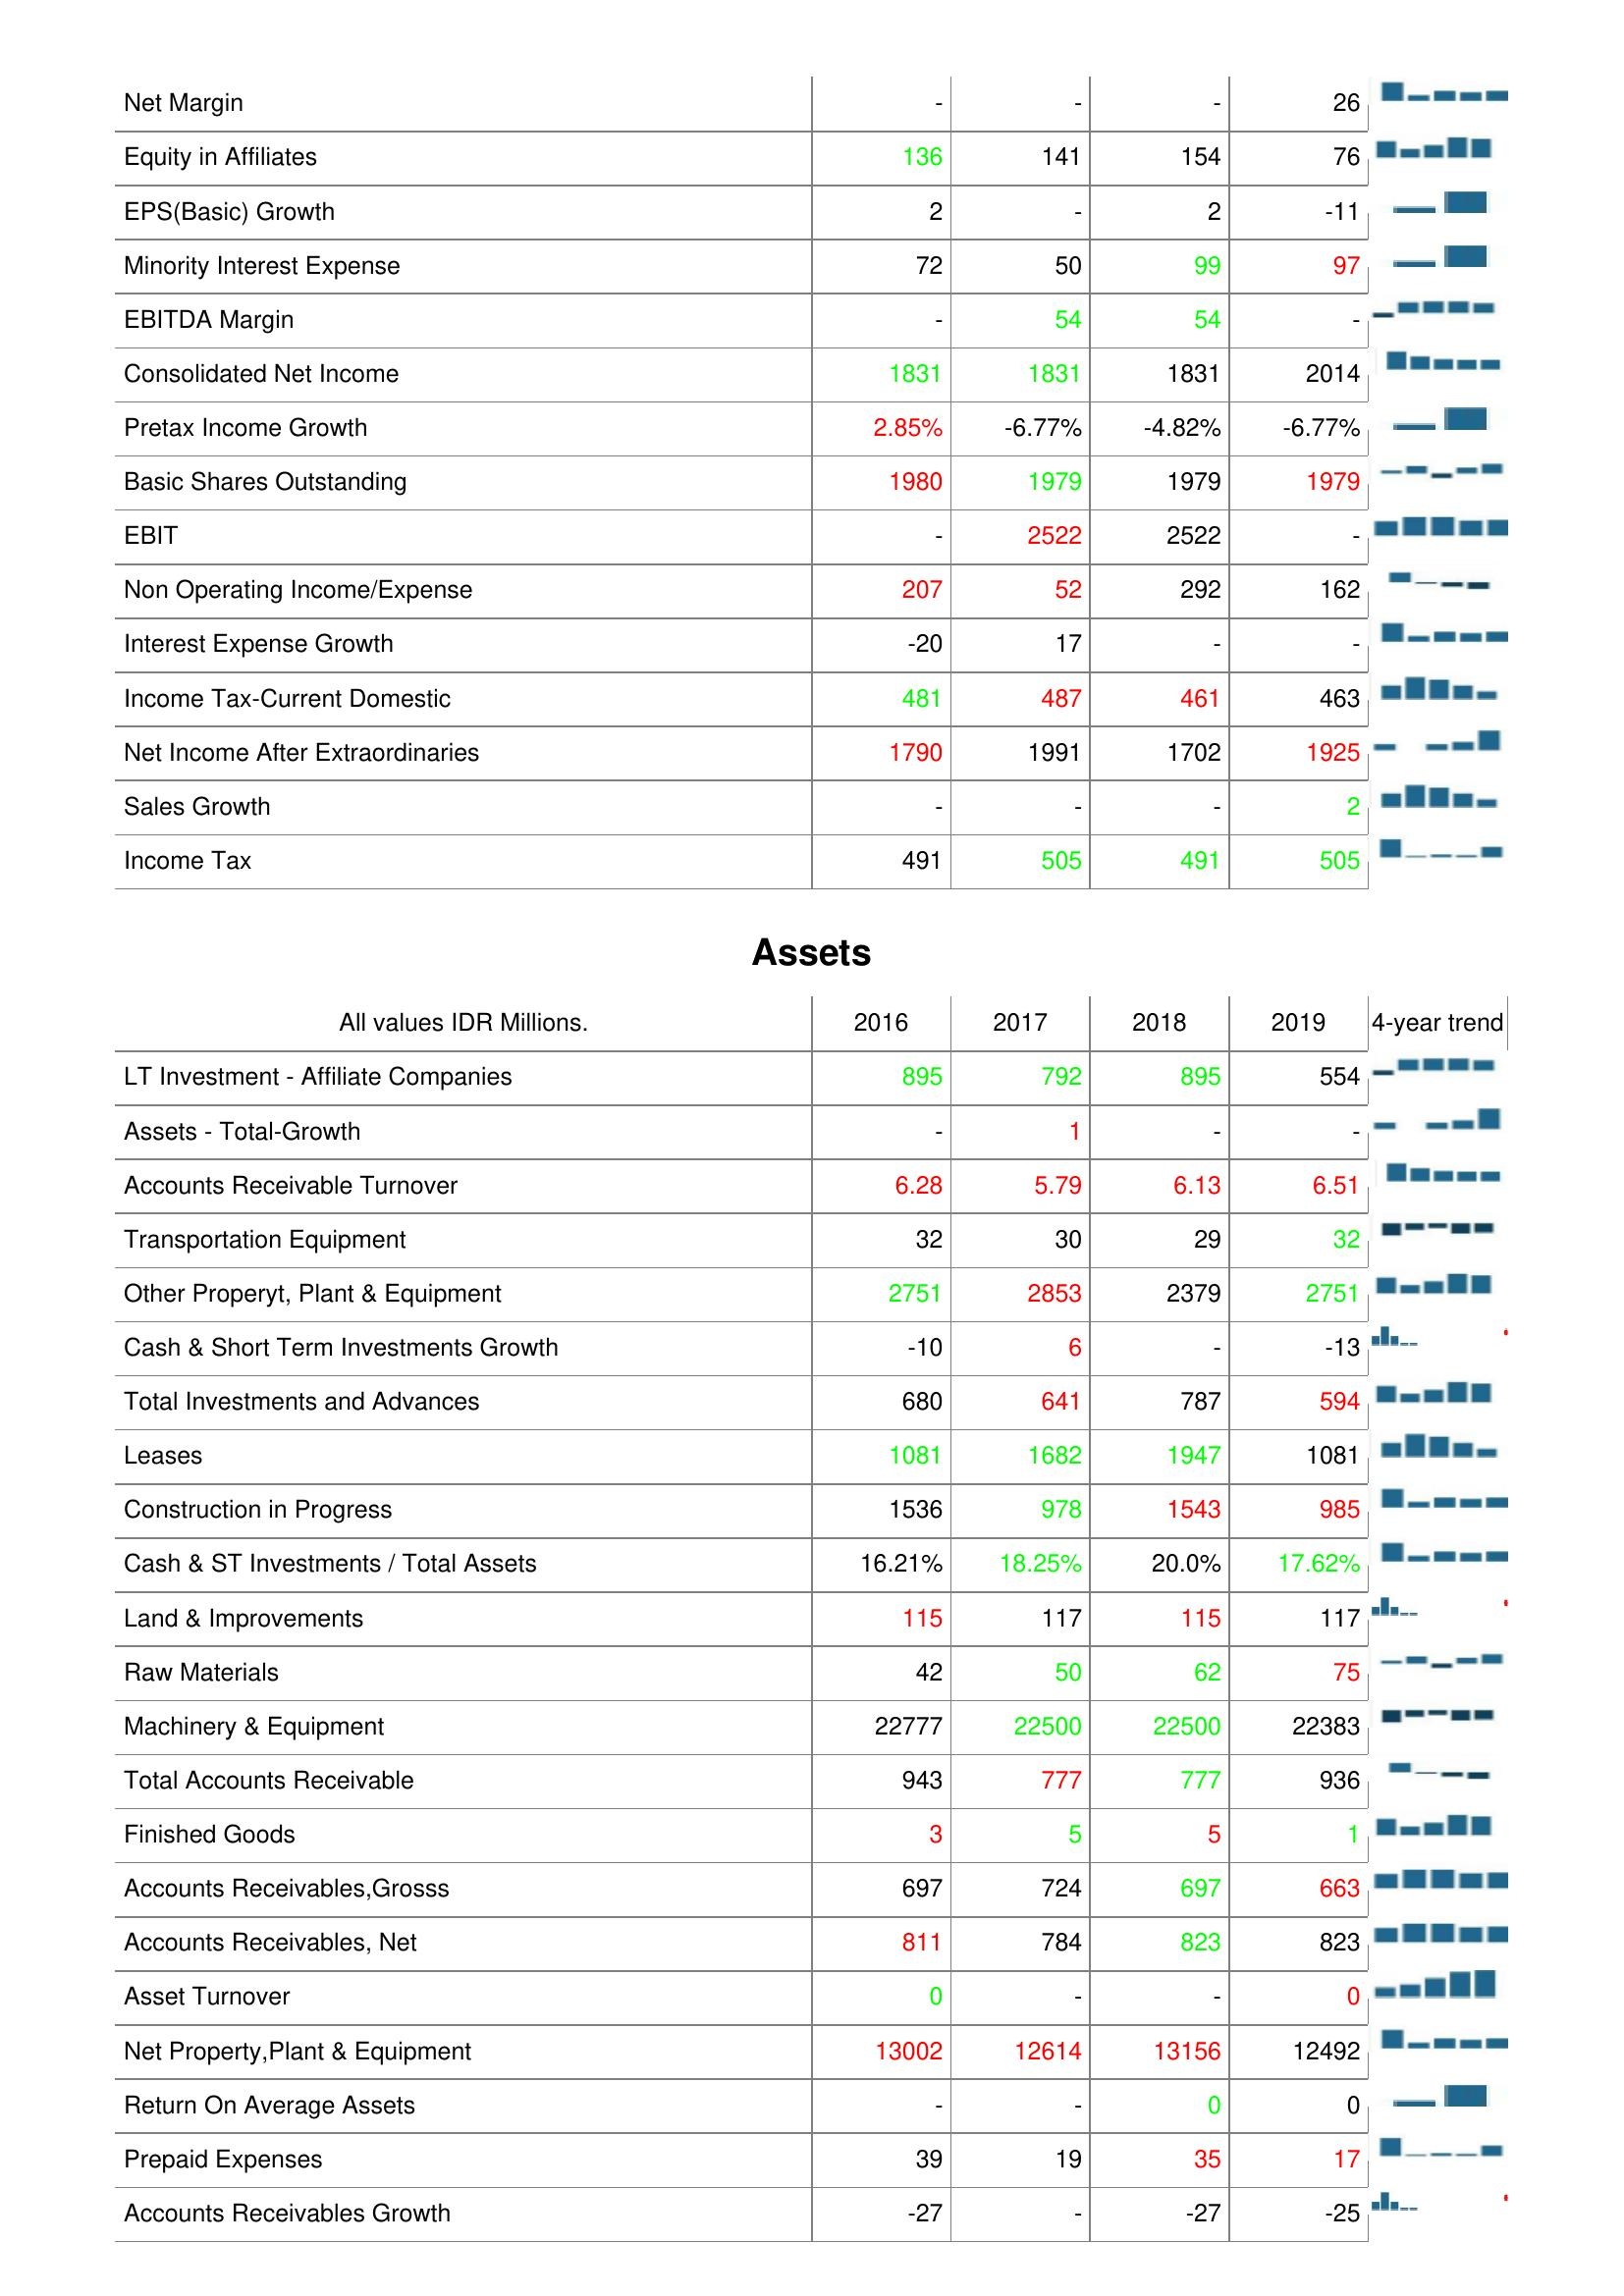
2016: : Net Margin: -
Equity in Affiliates: 136
EPS(Basic) Growth: 2
Minority Interest Expense: 72
EBITDA Margin: -
Consolidated Net Income: 1831
Pretax Income Growth: 2.85%
Basic Shares Outstanding: 1980
EBIT: -
Non Operating Income/Expense: 207
Interest Expense Growth: -20
Income Tax-Current Domestic: 481
Net Income After Extraordinaries: 1790
Sales Growth: -
Income Tax: 491
Assets: LT Investment - Affiliate Companies: 895
Assets - Total-Growth: -
Accounts Receivable Turnover: 6.28
Transportation Equipment: 32
Other Properyt, Plant & Equipment: 2751
Cash & Short Term Investments Growth: -10
Total Investments and Advances: 680
Leases: 1081
Construction in Progress: 1536
Cash & ST Investments / Total Assets: 16.21%
Land & Improvements: 115
Raw Materials: 42
Machinery & Equipment: 22777
Total Accounts Receivable: 943
Finished Goods: 3
Accounts Receivables,Grosss: 697
Accounts Receivables, Net: 811
Asset Turnover: 0
Net Property,Plant & Equipment: 13002
Return On Average Assets: -
Prepaid Expenses: 39
Accounts Receivables Growth: -27
2017: : Net Margin: -
Equity in Affiliates: 141
EPS(Basic) Growth: -
Minority Interest Expense: 50
EBITDA Margin: 54
Consolidated Net Income: 1831
Pretax Income Growth: -6.77%
Basic Shares Outstanding: 1979
EBIT: 2522
Non Operating Income/Expense: 52
Interest Expense Growth: 17
Income Tax-Current Domestic: 487
Net Income After Extraordinaries: 1991
Sales Growth: -
Income Tax: 505
Assets: LT Investment - Affiliate Companies: 792
Assets - Total-Growth: 1
Accounts Receivable Turnover: 5.79
Transportation Equipment: 30
Other Properyt, Plant & Equipment: 2853
Cash & Short Term Investments Growth: 6
Total Investments and Advances: 641
Leases: 1682
Construction in Progress: 978
Cash & ST Investments / Total Assets: 18.25%
Land & Improvements: 117
Raw Materials: 50
Machinery & Equipment: 22500
Total Accounts Receivable: 777
Finished Goods: 5
Accounts Receivables,Grosss: 724
Accounts Receivables, Net: 784
Asset Turnover: -
Net Property,Plant & Equipment: 12614
Return On Average Assets: -
Prepaid Expenses: 19
Accounts Receivables Growth: -
2018: : Net Margin: -
Equity in Affiliates: 154
EPS(Basic) Growth: 2
Minority Interest Expense: 99
EBITDA Margin: 54
Consolidated Net Income: 1831
Pretax Income Growth: -4.82%
Basic Shares Outstanding: 1979
EBIT: 2522
Non Operating Income/Expense: 292
Interest Expense Growth: -
Income Tax-Current Domestic: 461
Net Income After Extraordinaries: 1702
Sales Growth: -
Income Tax: 491
Assets: LT Investment - Affiliate Companies: 895
Assets - Total-Growth: -
Accounts Receivable Turnover: 6.13
Transportation Equipment: 29
Other Properyt, Plant & Equipment: 2379
Cash & Short Term Investments Growth: -
Total Investments and Advances: 787
Leases: 1947
Construction in Progress: 1543
Cash & ST Investments / Total Assets: 20.0%
Land & Improvements: 115
Raw Materials: 62
Machinery & Equipment: 22500
Total Accounts Receivable: 777
Finished Goods: 5
Accounts Receivables,Grosss: 697
Accounts Receivables, Net: 823
Asset Turnover: -
Net Property,Plant & Equipment: 13156
Return On Average Assets: 0
Prepaid Expenses: 35
Accounts Receivables Growth: -27
2019: : Net Margin: 26
Equity in Affiliates: 76
EPS(Basic) Growth: -11
Minority Interest Expense: 97
EBITDA Margin: -
Consolidated Net Income: 2014
Pretax Income Growth: -6.77%
Basic Shares Outstanding: 1979
EBIT: -
Non Operating Income/Expense: 162
Interest Expense Growth: -
Income Tax-Current Domestic: 463
Net Income After Extraordinaries: 1925
Sales Growth: 2
Income Tax: 505
Assets: LT Investment - Affiliate Companies: 554
Assets - Total-Growth: -
Accounts Receivable Turnover: 6.51
Transportation Equipment: 32
Other Properyt, Plant & Equipment: 2751
Cash & Short Term Investments Growth: -13
Total Investments and Advances: 594
Leases: 1081
Construction in Progress: 985
Cash & ST Investments / Total Assets: 17.62%
Land & Improvements: 117
Raw Materials: 75
Machinery & Equipment: 22383
Total Accounts Receivable: 936
Finished Goods: 1
Accounts Receivables,Grosss: 663
Accounts Receivables, Net: 823
Asset Turnover: 0
Net Property,Plant & Equipment: 12492
Return On Average Assets: 0
Prepaid Expenses: 17
Accounts Receivables Growth: -25